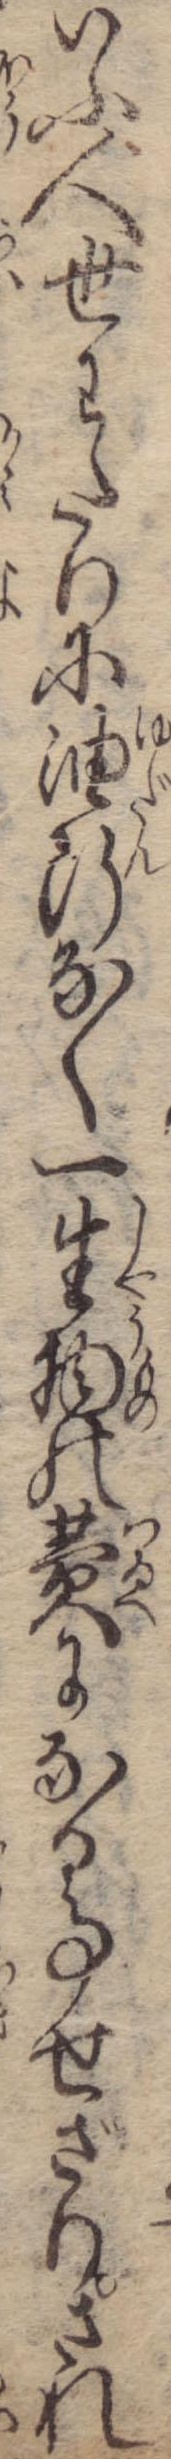
いふ人世わたりに油断なく一生物の費になる事せざりされ